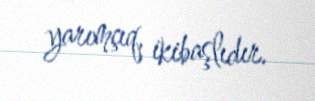
yarımçıq, ikibaşlıdır.